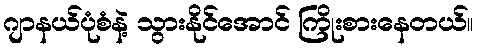
ဂျာနယ်ပုံစံနဲ့ သွားနိုင်အောင် ကြိုးစားနေတယ်။